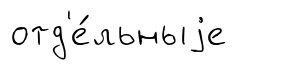
отд'е́льныjе